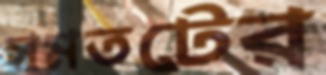
সমতটের